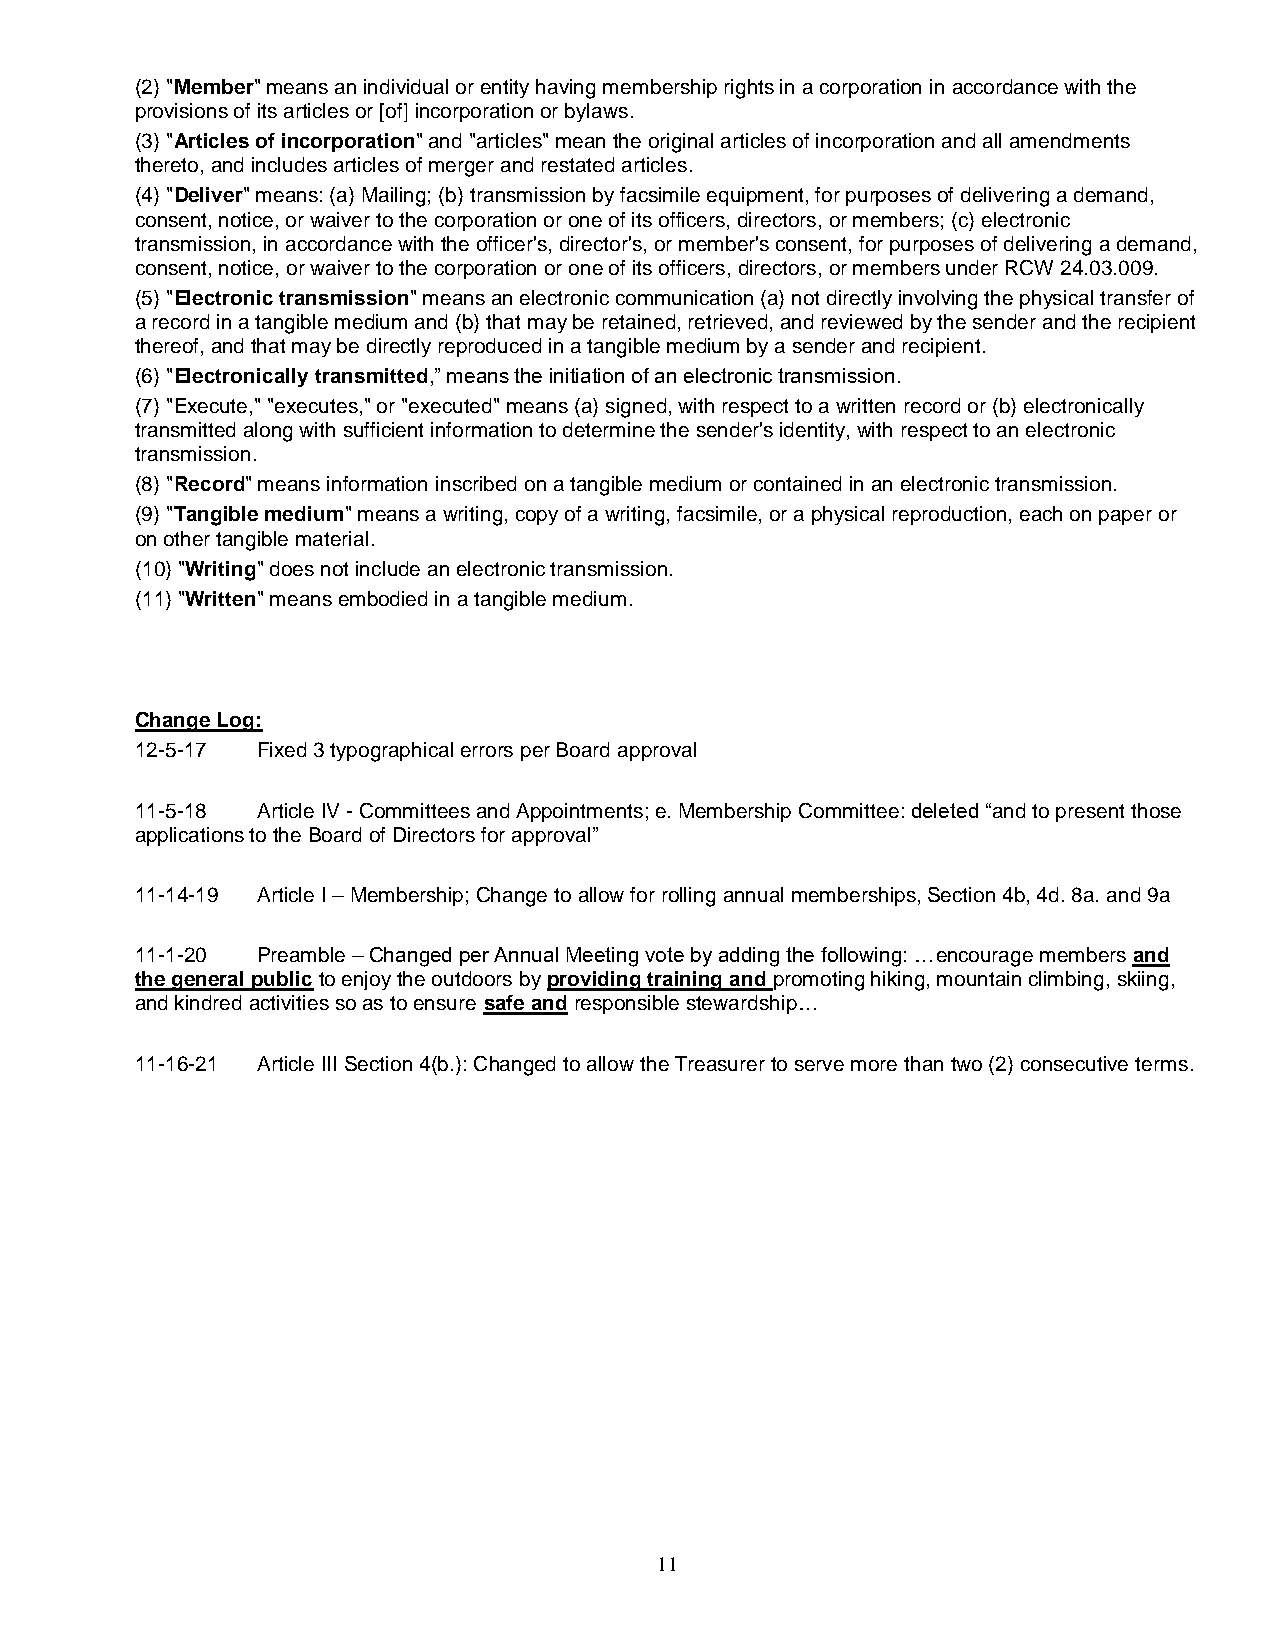
(2) "Member" means an individual or entity having membership rights in a corporation in accordance with the
 provisions of its articles or [of] incorporation or bylaws.
 (3) "Articles of incorporation" and "articles" mean the original articles of incorporation and all amendments
 thereto, and includes articles of merger and restated articles.
 (4) "Deliver" means: (a) Mailing; (b) transmission by facsimile equipment, for purposes of delivering a demand,
 consent, notice, or waiver to the corporation or one of its officers, directors, or members; (c) electronic
 transmission, in accordance with the officer's, director's, or member's consent, for purposes of delivering a demand,
 consent, notice, or waiver to the corporation or one of its officers, directors, or members under RCW 24.03.009.
 (5) "Electronic transmission" means an electronic communication (a) not directly involving the physical transfer of
 a record in a tangible medium and (b) that may be retained, retrieved, and reviewed by the sender and the recipient
 thereof, and that may be directly reproduced in a tangible medium by a sender and recipient.
 (6) "Electronically transmitted,” means the initiation of an electronic transmission.
 (7) "Execute," "executes," or "executed" means (a) signed, with respect to a written record or (b) electronically
 transmitted along with sufficient information to determine the sender's identity, with respect to an electronic
 transmission.
 (8) "Record" means information inscribed on a tangible medium or contained in an electronic transmission.
 (9) "Tangible medium" means a writing, copy of a writing, facsimile, or a physical reproduction, each on paper or
 on other tangible material.
 (10) "Writing" does not include an electronic transmission.
 (11) "Written" means embodied in a tangible medium.
 Change Log:
 12-5-17 Fixed 3 typographical errors per Board approval
 11-5-18 Article IV - Committees and Appointments; e. Membership Committee: deleted “and to present those
 applications to the Board of Directors for approval”
 11-14-19 Article I – Membership; Change to allow for rolling annual memberships, Section 4b, 4d. 8a. and 9a
 11-1-20 Preamble – Changed per Annual Meeting vote by adding the following: …encourage members and
 the general public to enjoy the outdoors by providing training and promoting hiking, mountain climbing, skiing,
 and kindred activities so as to ensure safe and responsible stewardship…
 11-16-21 Article III Section 4(b.): Changed to allow the Treasurer to serve more than two (2) consecutive terms.
 11